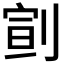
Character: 𠝳